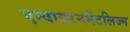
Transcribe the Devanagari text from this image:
एन्वायरनमेंटलिज्म